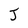
Character: J